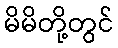
မိမိတို့တွင်